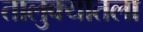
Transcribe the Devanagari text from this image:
तालुक्यातला